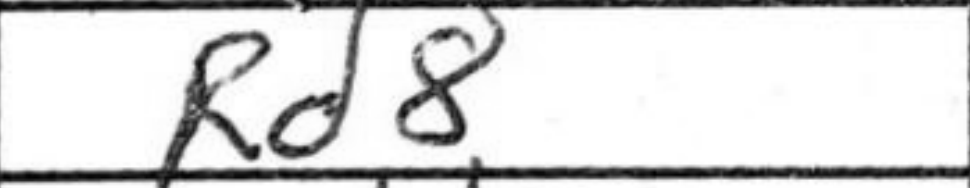
Transcription: Rd8